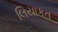
લિયાકત